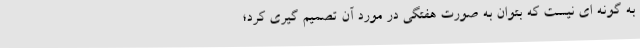
به گونه ای نیست که بتوان به صورت هفتگی در مورد آن تصمیم گیری کرد؛